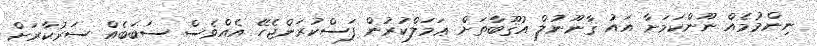
ނިންމުމެއް ނޫންކަމަށާ އައު ޤާނޫނުލް އުޤޫބާތަށް ޢަމަލްކުރުން ފަސްކުރަންޖެހޭ އެއްވެސް ސަބަބެއް ސަރުކާރަށް